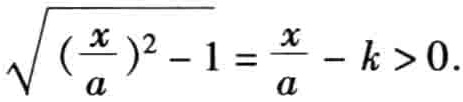
\(\sqrt{(\frac{x}{a})^2 - 1}=\frac{x}{a}-k>0\)